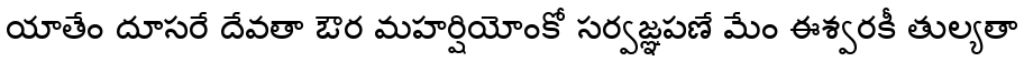
యాతేం దూసరే దేవతా ఔర మహర్షియోంకో సర్వజ్ఞపణే మేం ఈశ్వరకీ తుల్యతా